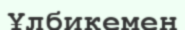
Ұлбикемен